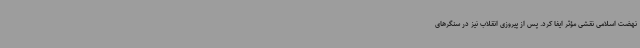
نهضت اسلامی نقشی مؤثر ایفا کرد. پس از پیروزی انقلاب نیز در سنگرهای